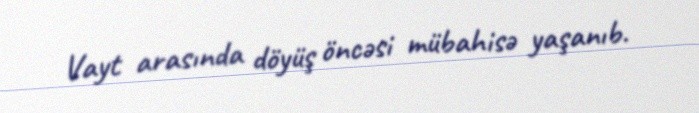
Vayt arasında döyüş öncəsi mübahisə yaşanıb.